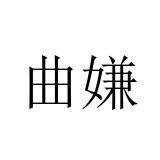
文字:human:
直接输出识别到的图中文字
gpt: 曲嫌